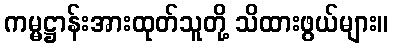
ကမ္မဋ္ဌာန်းအားထုတ်သူတို့ သိထားဖွယ်များ။